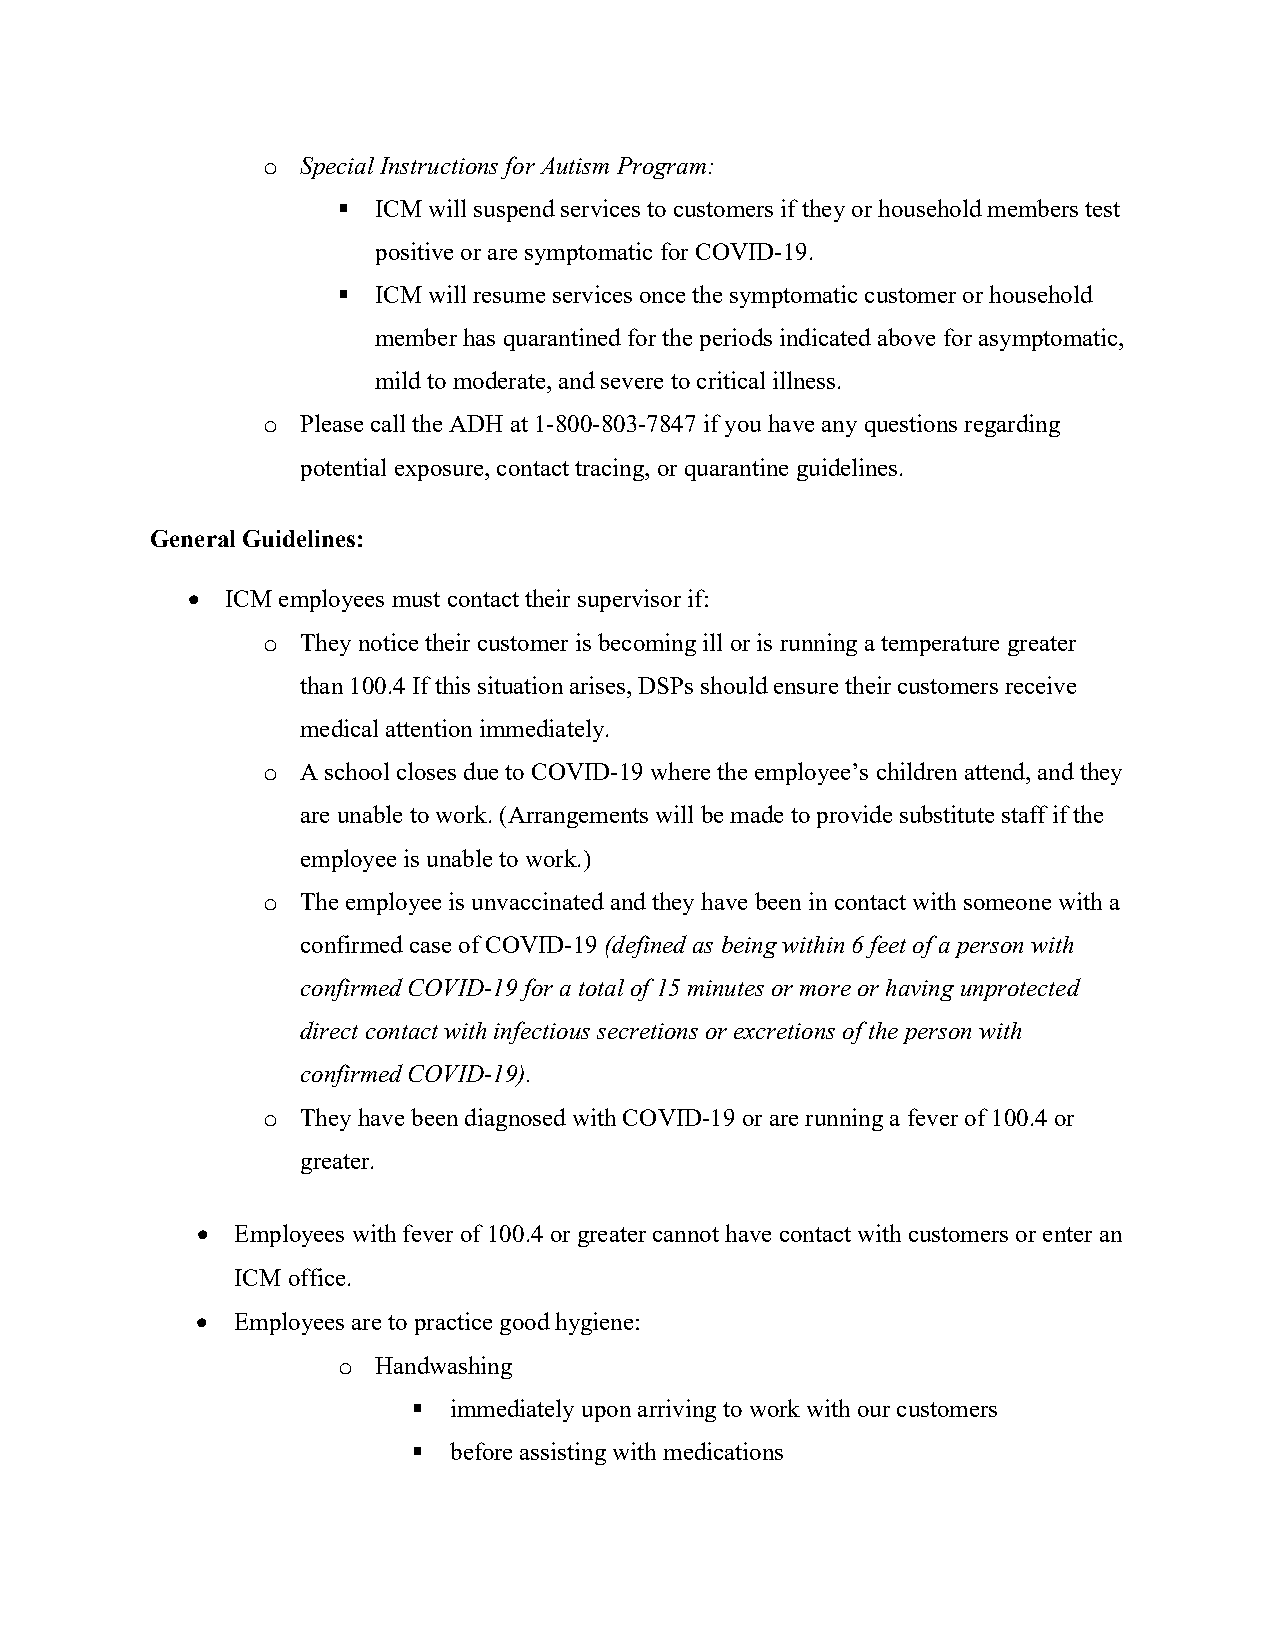
o  Special Instructions for Autism Program:
 §  ICM will suspend services to customers if they or household members test
 positive or are symptomatic for COVID-19.
 §  ICM will resume services once the symptomatic customer or household
 member has quarantined for the periods indicated above for asymptomatic,
 mild to moderate, and severe to critical illness.
 o  Please call the ADH at 1-800-803-7847 if you have any questions regarding
 potential exposure, contact tracing, or quarantine guidelines.
 General Guidelines:
 •  ICM employees must contact their supervisor if:
 o  They notice their customer is becoming ill or is running a temperature greater
 than 100.4 If this situation arises, DSPs should ensure their customers receive
 medical attention immediately.
 o  A school closes due to COVID-19 where the employee’s children attend, and they
 are unable to work. (Arrangements will be made to provide substitute staff if the
 employee is unable to work.)
 o  The employee is unvaccinated and they have been in contact with someone with a
 confirmed case of COVID-19 (defined as being within 6 feet of a person with
 confirmed COVID-19 for a total of 15 minutes or more or having unprotected
 direct contact with infectious secretions or excretions of the person with
 confirmed COVID-19).
 o  They have been diagnosed with COVID-19 or are running a fever of 100.4 or
 greater.
 •  Employees with fever of 100.4 or greater cannot have contact with customers or enter an
 ICM office.
 • Employees are to practice good hygiene:
 o  Handwashing
 §  immediately upon arriving to work with our customers
 §  before assisting with medications